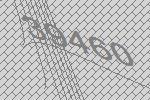
39460